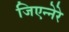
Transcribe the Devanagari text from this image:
जिएन्नेरे